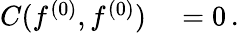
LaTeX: \begin{array}{rl}{C(f^{(0)},f^{(0)})}&{{}=0\, .}\end{array}